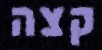
קצה